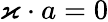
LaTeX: \varkappa\cdot a=0